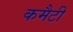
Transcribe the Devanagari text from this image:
कमैटी